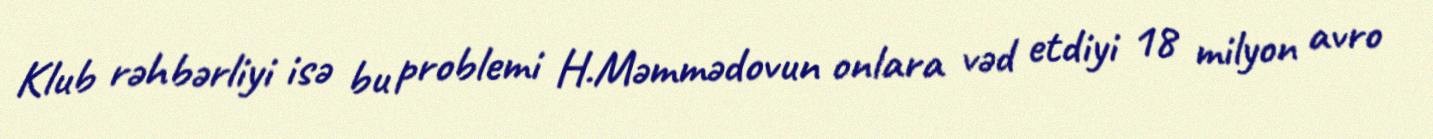
Klub rəhbərliyi isə bu problemi H.Məmmədovun onlara vəd etdiyi 18 milyon avro